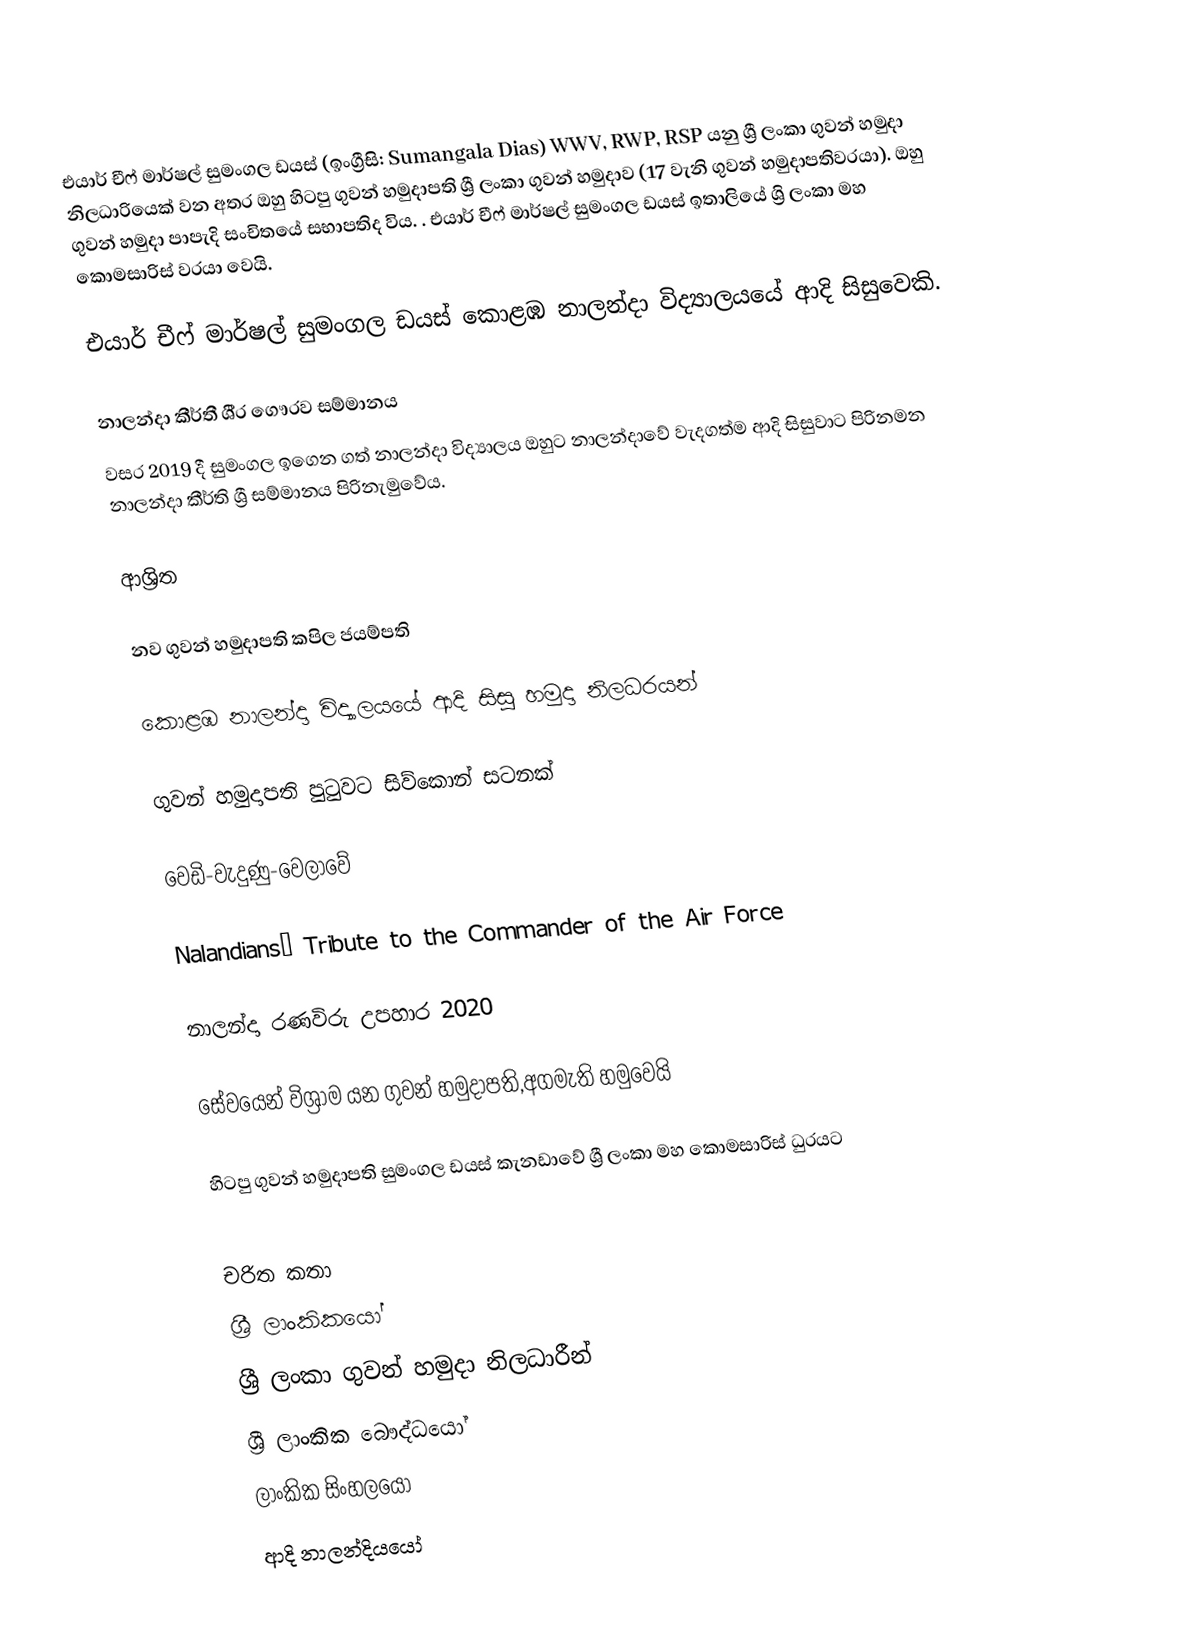
එයාර් චීෆ් මාර්ෂල් සුමංගල ඩයස් (ඉංග්‍රීසි: Sumangala Dias) WWV,  RWP, RSP යනු  ශ්‍රී ලංකා ගුවන් හමුදා නිලධාරියෙක් වන අතර ඔහු හිටපු ගුවන් හමුදාපති ශ්‍රී ලංකා ගුවන් හමුදාව (17 වැනි ගුවන් හමුදාපතිවරයා). ඔහු ගුවන් හමුදා පාපැදි සංචිතයේ සභාපතිද විය. . එයාර් චීෆ් මාර්ෂල් සුමංගල ඩයස් ඉතාලියේ ශ්‍රි ලංකා මහ කොමසාරිස් වරයා වෙයි.

එයාර් චීෆ් මාර්ෂල් සුමංගල ඩයස් කොළඹ නාලන්දා විද්‍යාලයයේ ආදි සිසුවෙකි.

නාලන්දා කීර්තී ශී‍්‍ර ගෞරව සම්මානය
වසර 2019 දී  සුමංගල ඉගෙන ගත් නාලන්දා විද්‍යාලය ඔහුට නාලන්දාවේ වැදගත්ම ආදි සිසුවාට පිරිනමන නාලන්දා කීර්ති ශ්‍රී සම්මානය පිරිනැමුවේය.

ආශ්‍රිත

 නව ගුවන් හමුදාපති කපිල ජයම්පති

 කොළඹ නාලන්දා විද්‍යාලයයේ ආදි සිසු හමුදා නිලධරයන්

 ගුවන් හමුදාපති පුටුවට සිව්කොන් සටනක්

 වෙඩි-වැදුණු-වෙලාවේ

 Nalandians’ Tribute to the Commander of the Air Force

 නාලන්දා රණවිරු උපහාර 2020

 සේවයෙන් විශ්‍රාම යන ගුවන් හමුදාපති,අගමැති හමුවෙයි

 හිටපු ගුවන් හමුදාපති සුමංගල ඩයස් කැනඩාවේ ශ්‍රී ලංකා මහ කොමසාරිස් ධුරයට

චරිත කතා
ශ්‍රී ලාංකිකයෝ
ශ්‍රී ලංකා ගුවන් හමුදා නිලධාරීන්
ශ්‍රී ලාංකික බෞද්ධයෝ
ලාංකික සිංහලයෝ
ආදි නාලන්දියයෝ